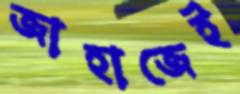
জাহাজেই